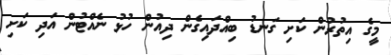
މީގެ އިތުރުން ކަށި ގަނޑު ބިއްދައިގެން ދިއުން ހުޅު ނެއްޓުން އަދި ކަށި